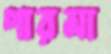
পারমা